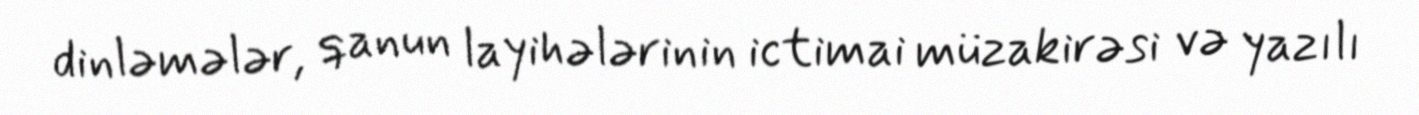
dinləmələr, qanun layihələrinin ictimai müzakirəsi və yazılı